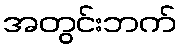
အတွင်းဘက်